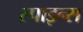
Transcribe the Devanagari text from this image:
स्पाइन्स